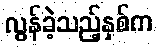
လွန်ခဲ့သည့်နှစ်က